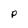
Character: P